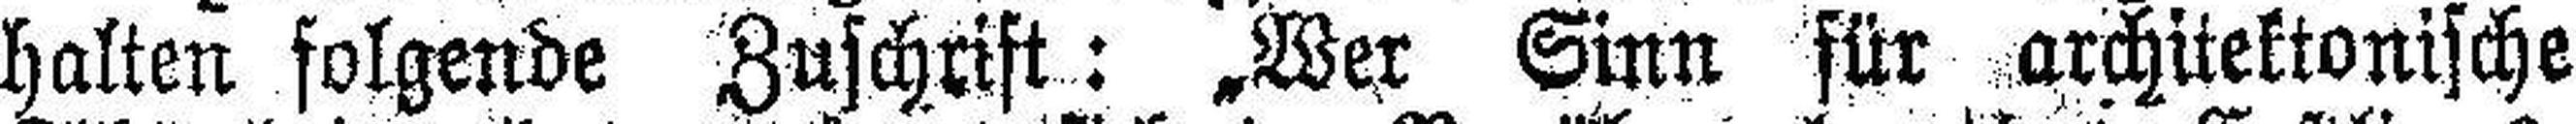
halten folgende Zuschrift: „Wer Sinn für architektonische